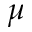
\boldsymbol { \mu }